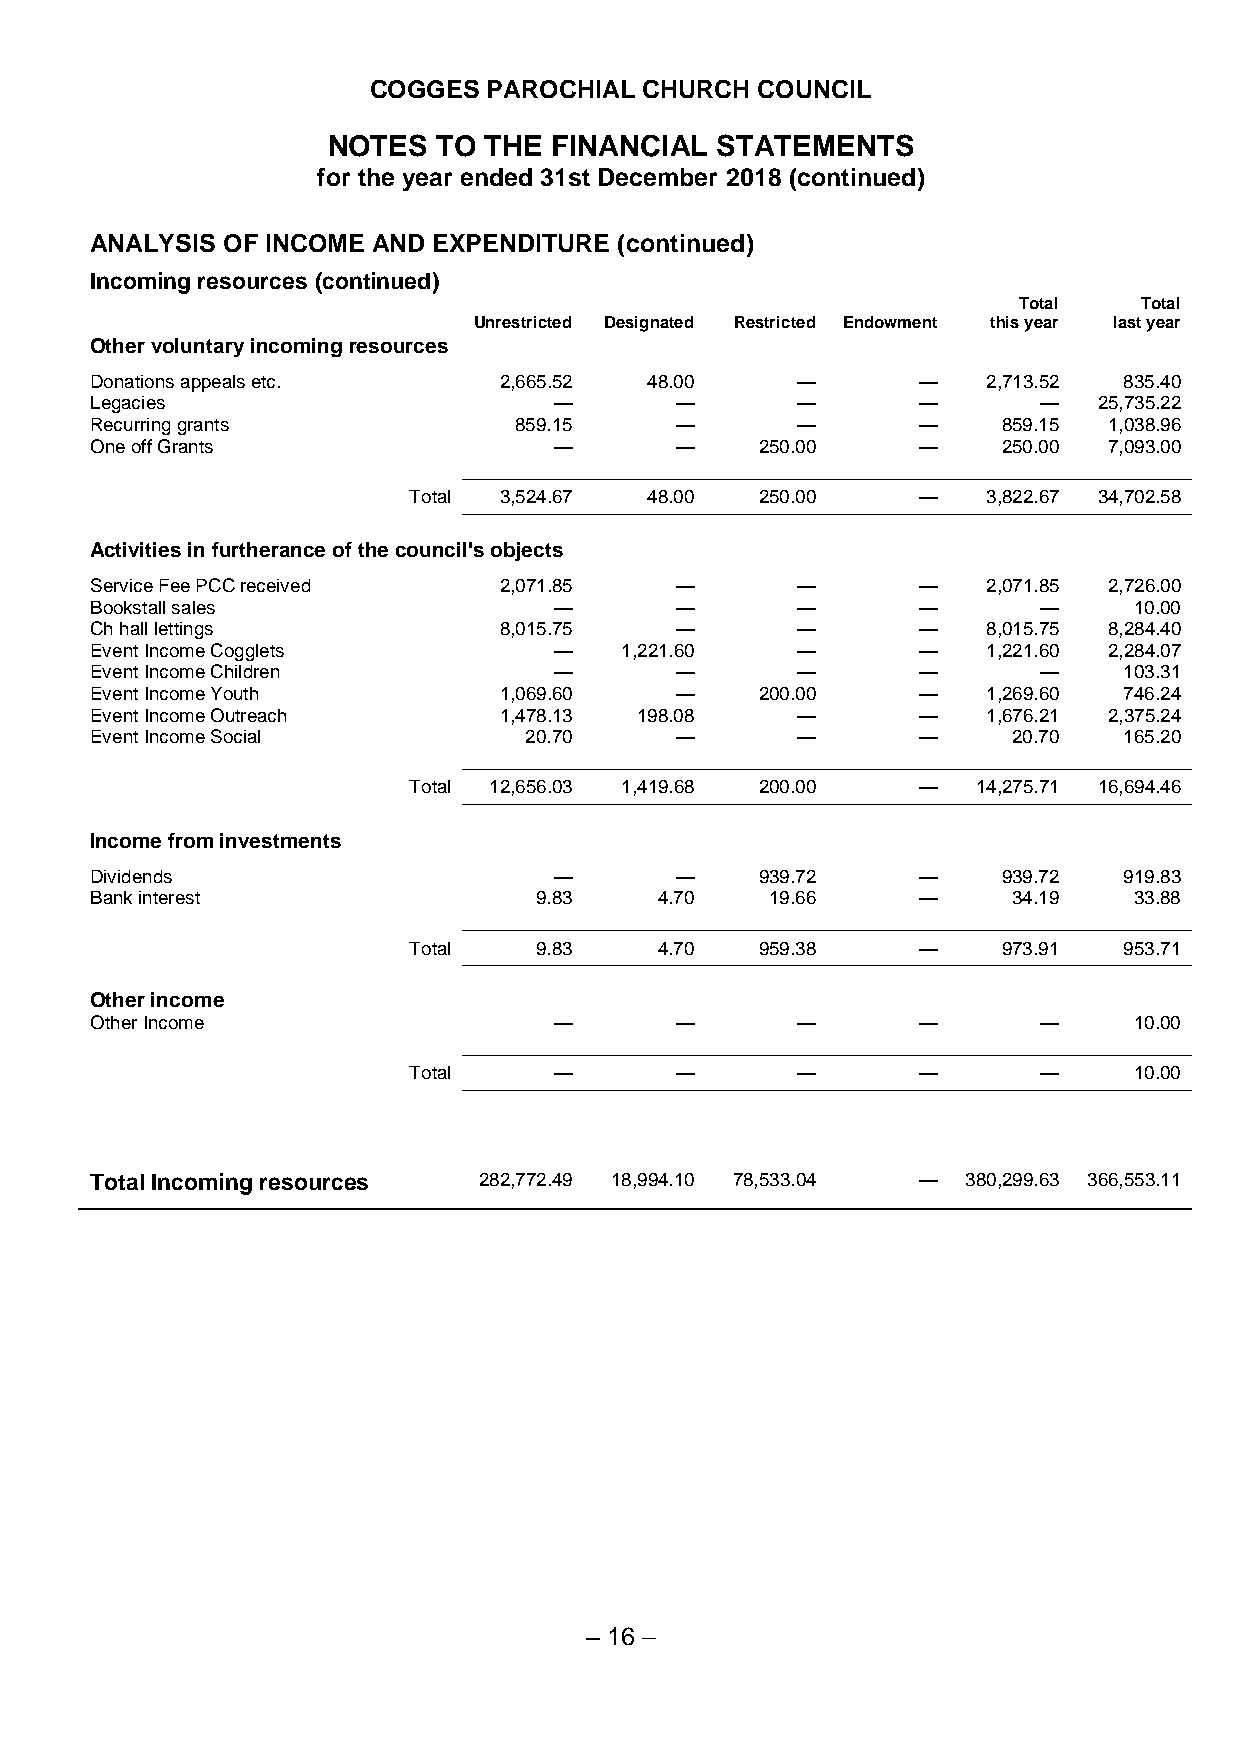
COGGES PAROCHIAL  CHURCH COUNCIL
 NOTES  TO THE FINANCIAL  STATEMENTS
 for the year ended 31st December 2018 (continued)
 ANALYSIS OF INCOME AND EXPENDITURE (continued)
 Incoming resources (continued)
 Total    Total
 Unrestricted Designated Restricted Endowment this year last year
 Other voluntary incoming resources
 Donations appeals etc.     2,665.52  48.00     —       —   2,713.52 835.40
 Legacies                       —       —       —       —       —   25,735.22
 Recurring grants            859.15     —       —       —    859.15 1,038.96
 One off Grants                 —       —    250.00     —    250.00 7,093.00
 Total 3,524.67  48.00  250.00     —   3,822.67 34,702.58
 Activities in furtherance of the council's objects
 Service Fee PCC received   2,071.85    —       —       —   2,071.85 2,726.00
 Bookstall sales                —       —       —       —       —     10.00
 Ch hall lettings           8,015.75    —       —       —   8,015.75 8,284.40
 Event Income Cogglets          —   1,221.60    —       —   1,221.60 2,284.07
 Event Income Children          —       —       —       —       —    103.31
 Event Income Youth         1,069.60    —    200.00     —   1,269.60 746.24
 Event Income Outreach      1,478.13 198.08     —       —   1,676.21 2,375.24
 Event Income Social          20.70     —       —       —     20.70  165.20
 Total 12,656.03 1,419.68 200.00   —   14,275.71 16,694.46
 Income from investments
 Dividends                      —       —    939.72     —    939.72  919.83
 Bank interest                9.83     4.70   19.66     —     34.19   33.88
 Total   9.83     4.70  959.38     —    973.91  953.71
 Other income
 Other Income                   —       —       —       —       —     10.00
 Total     —       —       —       —       —     10.00
 Total Incoming resources  282,772.49 18,994.10 78,533.04 — 380,299.63 366,553.11
 – 16 –